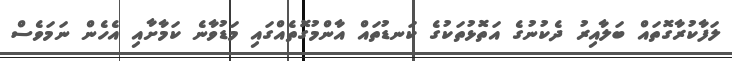
ލަފާކުރާގޮތައް ބަލާއިރު ދެކުނުގެ އަތޮޅުތަކުގެ ކަނޑުތައް އާންމުގޮތެއްގައި މަޑުވާނެ ކަމާށާއި އެހެން ނަމަވެސް